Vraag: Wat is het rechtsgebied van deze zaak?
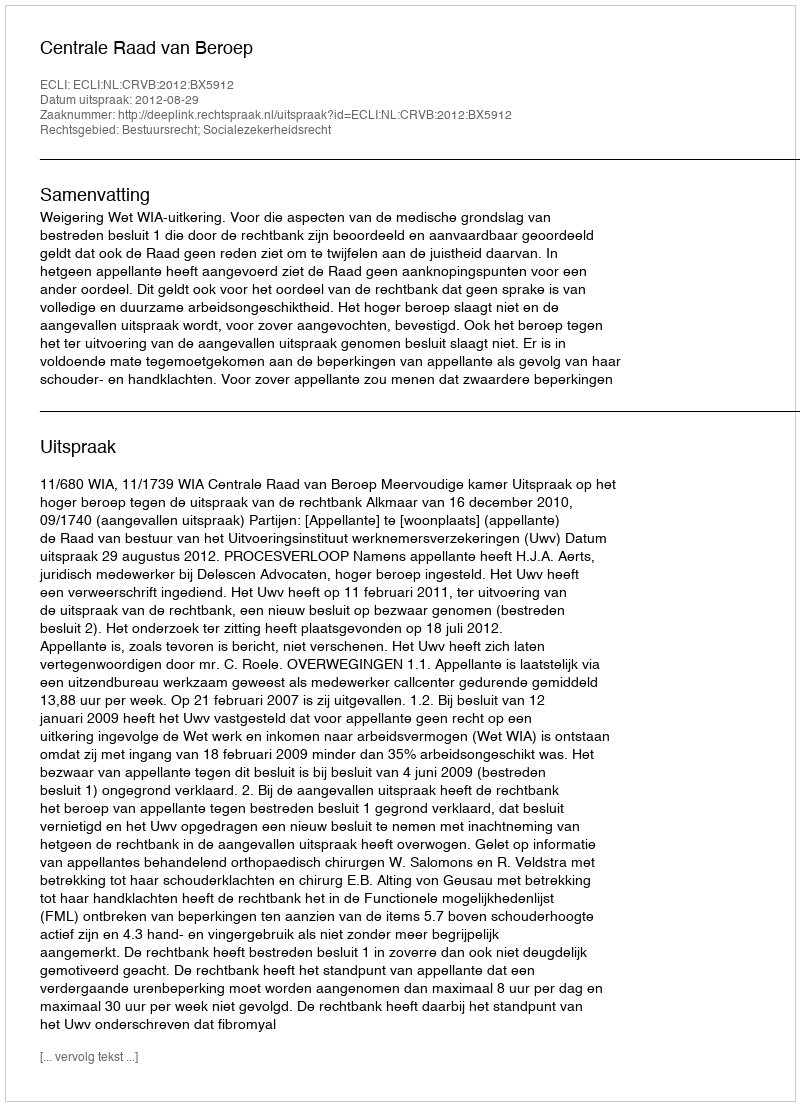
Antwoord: Bestuursrecht; Socialezekerheidsrecht